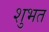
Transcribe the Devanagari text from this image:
शुभत